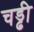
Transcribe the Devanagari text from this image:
चड्ढी